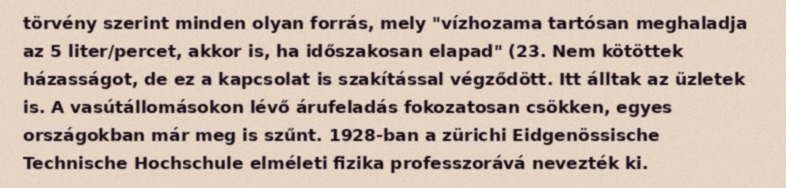
törvény szerint minden olyan forrás, mely "vízhozama tartósan meghaladja az 5 liter/percet, akkor is, ha időszakosan elapad" (23. Nem kötöttek házasságot, de ez a kapcsolat is szakítással végződött. Itt álltak az üzletek is. A vasútállomásokon lévő árufeladás fokozatosan csökken, egyes országokban már meg is szűnt. 1928-ban a zürichi Eidgenössische Technische Hochschule elméleti fizika professzorává nevezték ki.